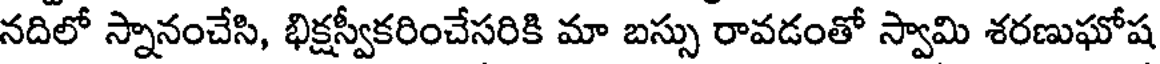
నదిలో స్నానంచేసి, భిక్షస్వీకరించేసరికి మా బస్సు రావడంతో స్వామి శరణుఘోష